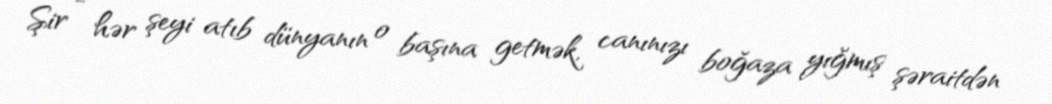
Şir - hər şeyi atıb dünyanın o başına getmək, canınızı boğaza yığmış şəraitdən